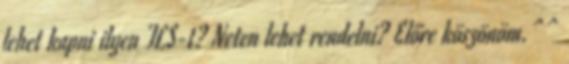
lehet kapni ilyen TLS-t? Neten lehet rendelni? Előre köszönöm.^^